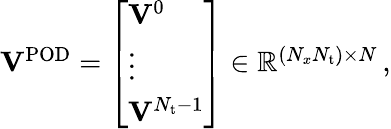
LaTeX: \begin{array}{r}{\mathbf{V}^{\mathrm{POD}}=\left[\begin{array}{l}{\mathbf{V}^{0}}\\ {\vdots}\\ {\mathbf{V}^{N_{\mathrm{t}}-1}}\end{array}\right]\in\mathbb{R}^{(N_{x}N_{\mathrm{t}})\times N}\, ,}\end{array}